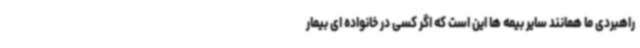
راهبردی ما همانند سایر بیمه ها این است که اگر کسی در خانواده ای بیمار